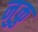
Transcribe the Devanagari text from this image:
नुकु